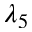
\lambda _ { 5 }